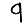
Digit: 9